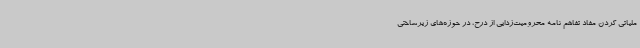
ملیاتی کردن مفاد تفاهم نامه محرومیت‌زدایی از درح، در حوزه‌های زیرساختی